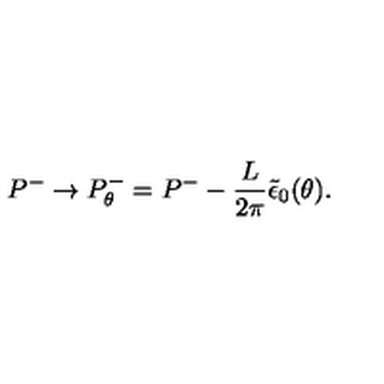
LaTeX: P ^ { - } \rightarrow P _ { \theta } ^ { - } = P ^ { - } - { \frac { L } { 2 \pi } } \tilde { \epsilon } _ { 0 } ( \theta ) .